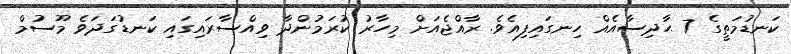
ކަނޑުމަތީގެ 7 ޙާދިސާއެއް ހިނގައިފިއެވެ. ރާއްޖެއަށް މިހާރު ކުރަމުންދާ ވިއްސާރައިގައި ކަނޑުގަދަވެ މޫސުމް